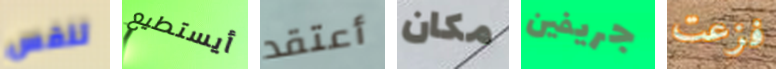
تنفس أيستطيع أعتقد مكان جريفين فزعت